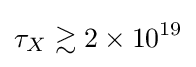
\tau _{X}\gtrsim 2\times 10^{19}